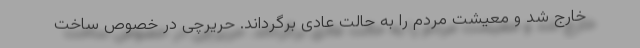
خارج شد و معیشت مردم را به حالت عادی برگرداند. حریرچی در خصوص ساخت